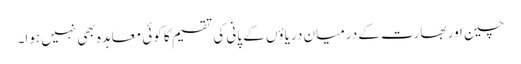
چین اور بھارت کے درمیان دریاؤں کے پانی کی تقسیم کا کوئی معاہدہ بھی نہیں ہوا۔